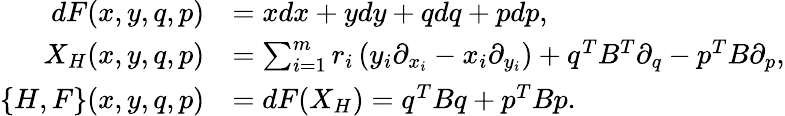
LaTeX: \begin{array}{rl}{dF(x,y,q,p)}&{=xdx+ydy+qdq+pdp,}\\ {X_{H}(x,y,q,p)}&{=\sum_{i=1}^{m}r_{i}\left(y_{i}\partial_{x_{i}}-x_{i}\partial_{y_{i}}\right)+q^{T}B^{T}\partial_{q}-p^{T}B\partial_{p},}\\ {\{ H,F\} (x,y,q,p)}&{=dF(X_{H})=q^{T}Bq+p^{T}Bp.}\end{array}